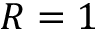
R = 1